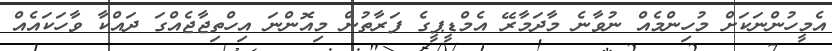
އެމީހުންނަކަށް މުހިންމެއް ނުވާނެ މާދަމާރޭ އެމްޑީޕީގެ ފަރާތުން މިއޮންނަ އިހްތިޖާޖެއްގަ ދައްކާ ވާހަކައެއް